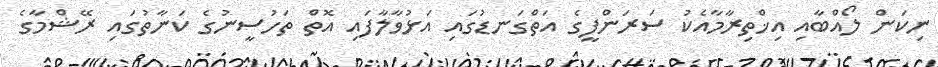
ނިކަން ލޯއްބާއި އިޚްތިރާމާއެކު ސަރަންފީގެ އަތްގަނޑުގައި އަޅުވާލާފައި އޮތް ތަހުސީނުގެ ކަނާތުގައި ރޭޝްމާގެ